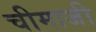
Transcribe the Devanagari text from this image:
चीमाजी